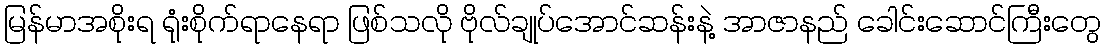
မြန်မာအစိုးရ ရုံးစိုက်ရာနေရာ ဖြစ်သလို ဗိုလ်ချုပ်အောင်ဆန်းနဲ့ အာဇာနည် ခေါင်းဆောင်ကြီးတွေ